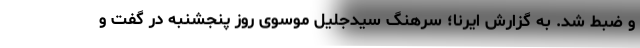
و ضبط شد. به گزارش ایرنا؛ سرهنگ سیدجلیل موسوی روز پنجشنبه در گفت و